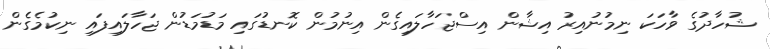
ޝުހާދުގެ ވާހަކަ ނިމުނުއިރު އިޝާން އިސްޖަހާލައިގެން އިނުމުން ކޮނޑުގައި މަޑުމަޑުން ޖަހާލައިފައި ނިކުމެގެން